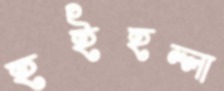
হইহল্লা